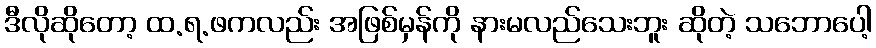
ဒီလိုဆိုတော့ ထ.ရ.ဖကလည်း အဖြစ်မှန်ကို နားမလည်သေးဘူး ဆိုတဲ့ သဘောပေါ့